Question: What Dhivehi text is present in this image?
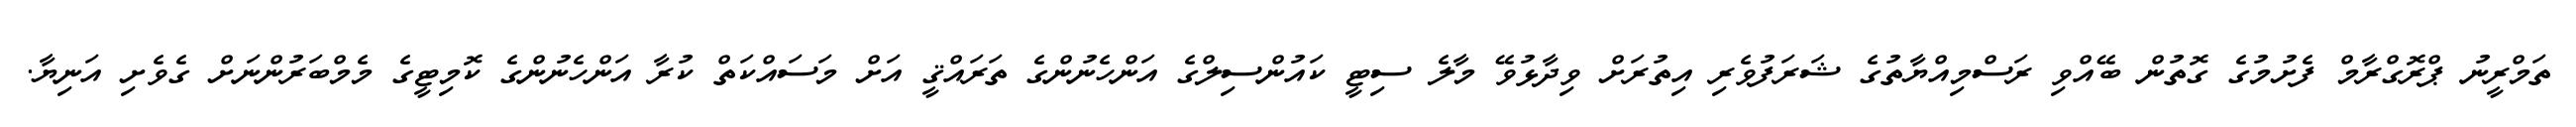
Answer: ތަމްރީނު ޕްރޮގްރާމް ފެށުމުގެ ގޮތުން ބޭއްވި ރަސްމިއްޔާތުގެ ޝަރަފުވެރި އިތުރަށް ވިދާޅުވޭ މާލެ ސިޓީ ކައުންސިލްގެ އަންހެނުންގެ ތަރައްޤީ އަށް މަސައްކަތް ކުރާ އަންހެނުންގެ ކޮމިޓީގެ މެމްބަރުންނަށް ގެވެށި އަނިޔާ.